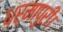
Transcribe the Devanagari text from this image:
धर्मापुरी।